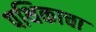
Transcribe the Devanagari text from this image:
पथिकाचा